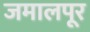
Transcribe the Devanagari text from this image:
जमालपूर